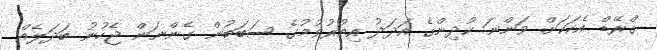
ގްރޭޑް އެކަކަށް ވަންނަ ކުދިންގެ އަދަދު އިތުރުވުމުގެ ސަބަބުން ގެންނަން ޖެހުނު ބަދަލެއް